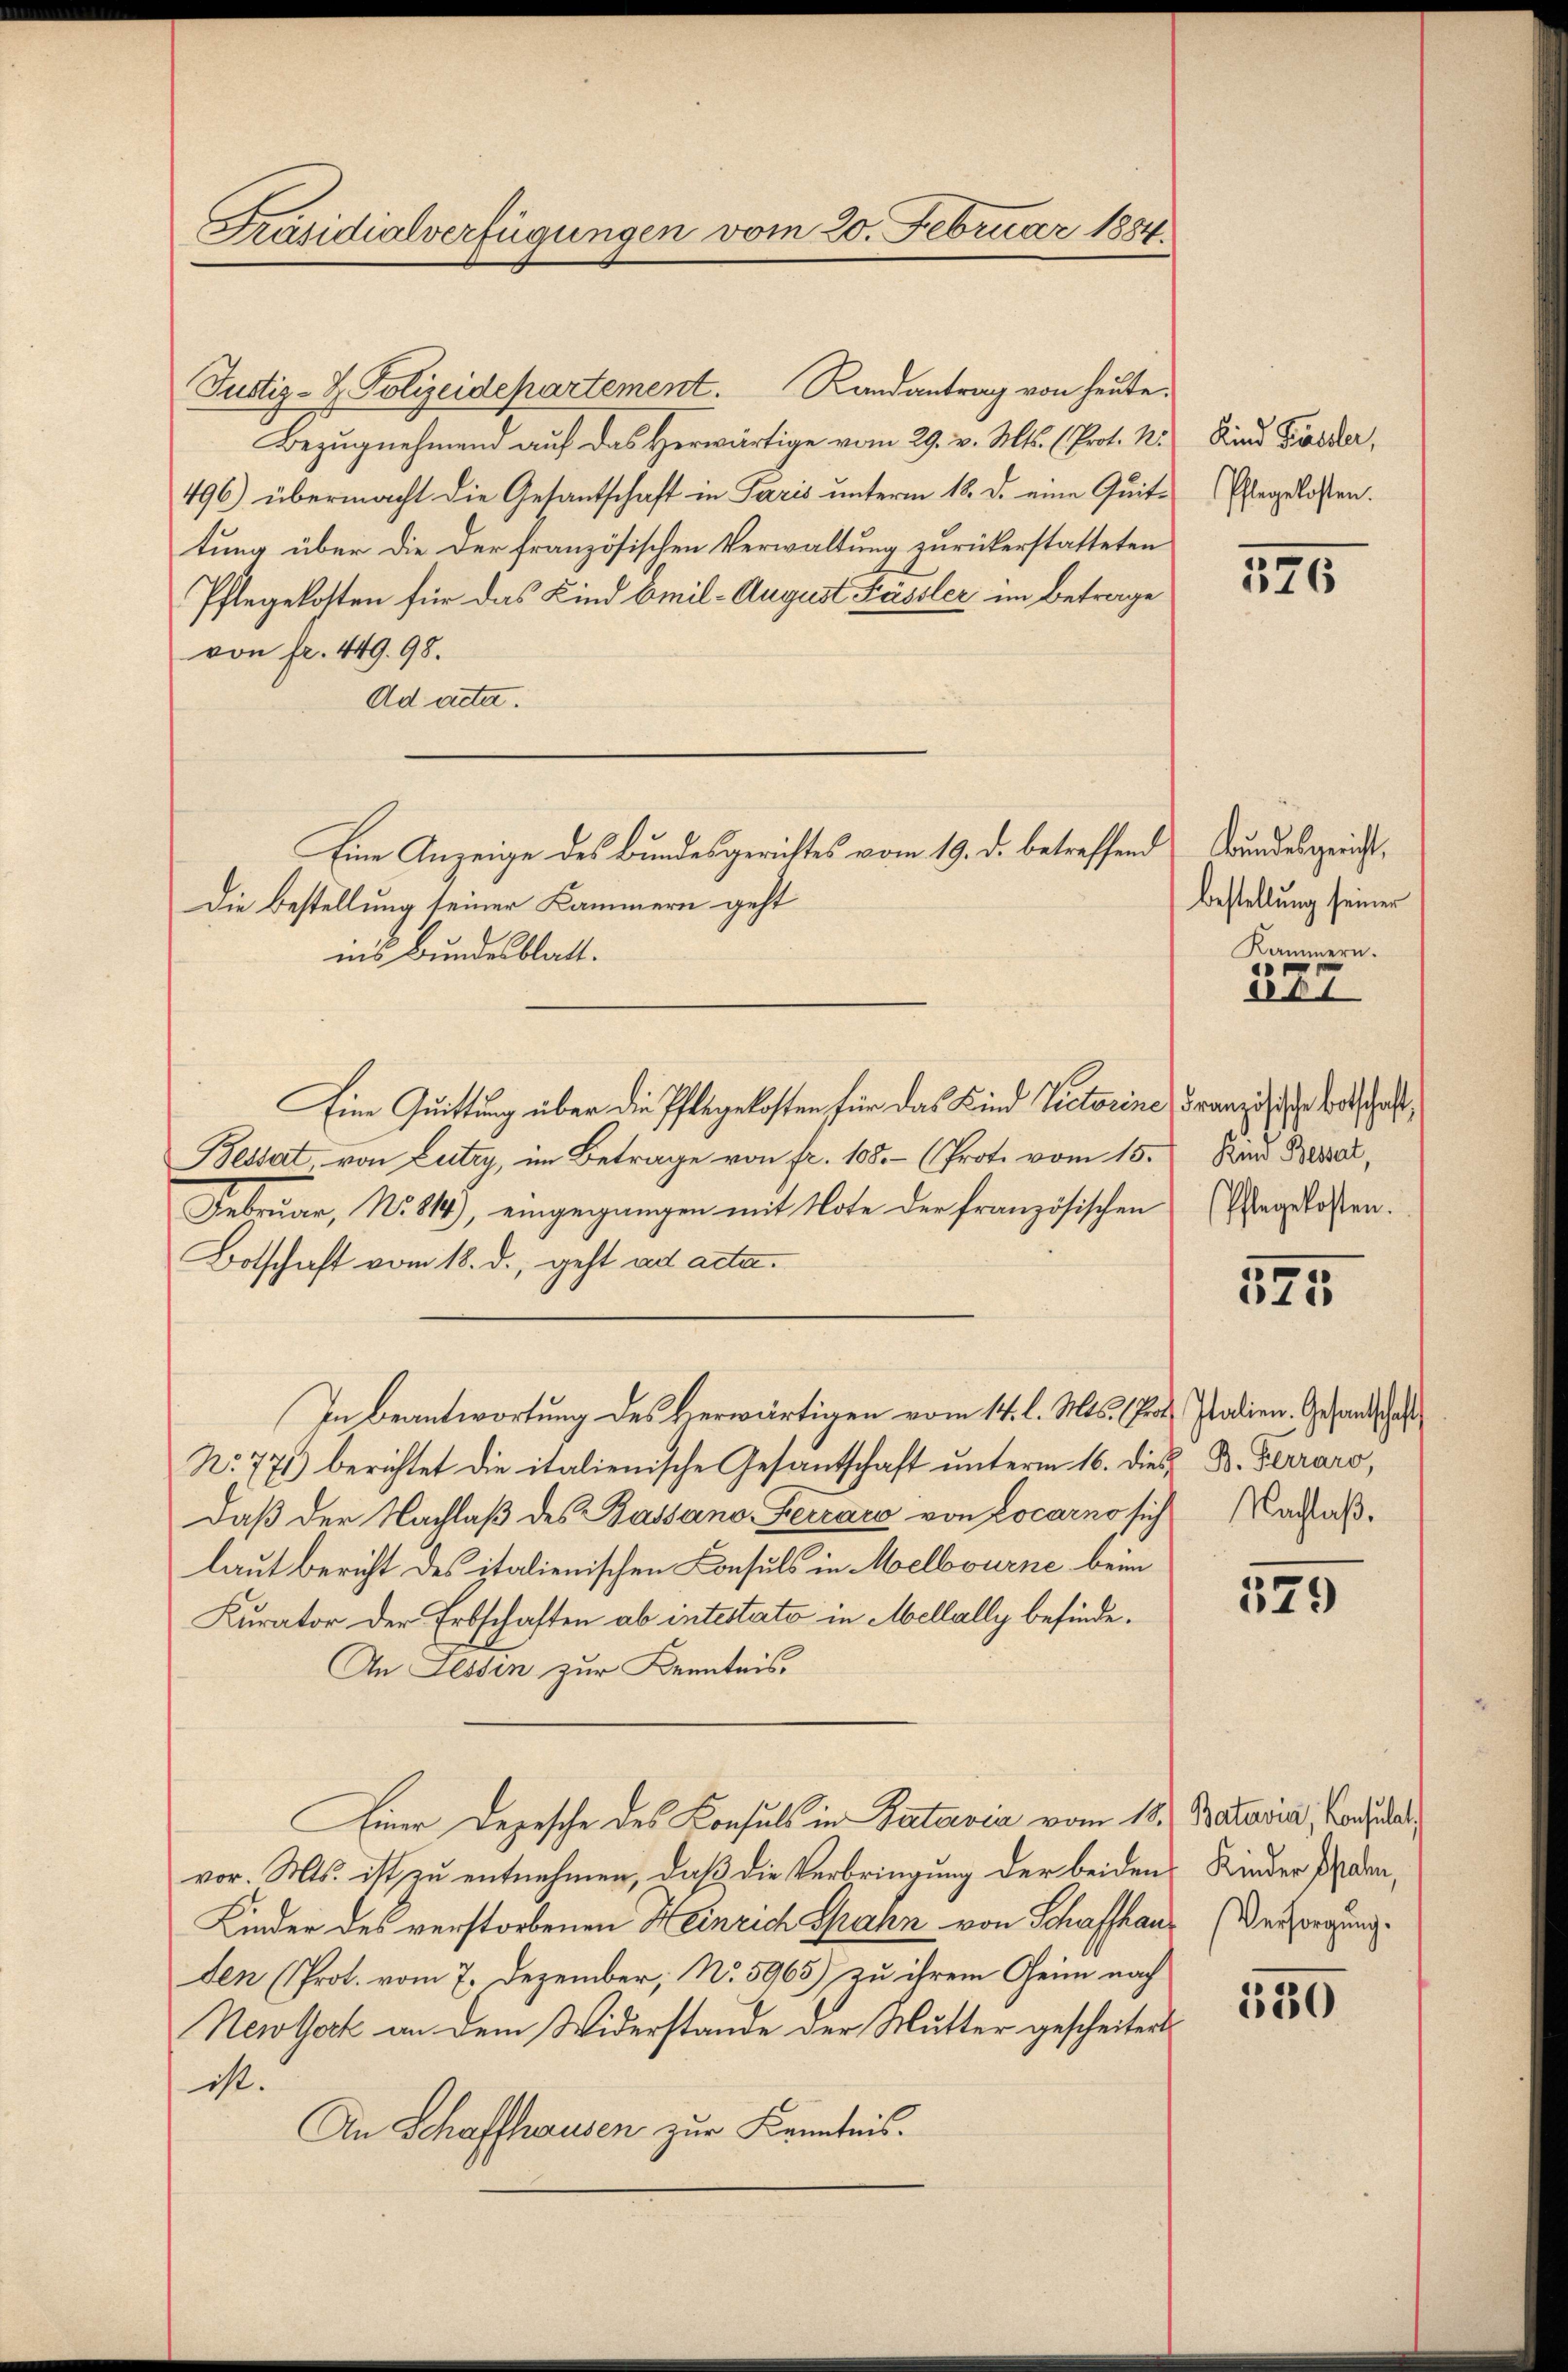
Präsidialverfügungen vom 20. Februar 1884.

Justiz- & Polizeidepartement. Randantrag von heute.
Bezugnehmend auf das Herwärtige vom 29. v. Mts. (Prot. N.
496) übermacht die Gesantschaft in Paris unterm 18. d. eine Quittung über die der französischen Verwaltung zurückerstatteten
Pflegekosten für das Kind Emil-August Fässler im Betrage
von fr. 449. 98.
Ad acta.
Eine Anzeige des Bundesgerichtes vom 19. d. betreffend
Die Bestellung seiner Kammern geht
ins Bundesblatt.
Eine Quittung über die Pflegekosten für das Kind Victorine
Bessert, von Lutry, im Betrage von fr. 105. - (Prote vom 15.
Februar, No. 814), eingegangen mit Note der französischen
Botschaft vom 18. d., geht ad acta.
In Beantwortung des herwärtigen vom 14. l. Mts. (Kot. Italien. Gesandtschaf
No 771) berichtet die italienische Gesantschaft unterm 16. dies B. Ferraro,
daβ der Nachlaβ des Bassano-Lecrace von Locarno sich Nachlaßlaut bericht des italienischen Consuls in Melbourne beim
Kurator der Erbschaften ab intesterto in Mellally befinde¬
An Tessin zur Kenntnis
Einer Depesche des Konsuls in Batavia vom 18. Batavia, Candida
vor. Mts. ist zu entnehmen, daß die Verbringung der beiden Kinder Pfaden,
Kinder des verstorbenen Heinrich Spahn von Schaffhaus (Versorgung.
den (Prot. vom 7. Dezember, No. 5965) zu ihrem Geim nach
Newtheck an dem Widerstande der Mutter gescheitert
ist.
An Schaffhausen zur Kenntnis.

Kind Füssler,
Pflegelosten.

346

Bundesgericht,
Bestellung seiner
Kammern.

227

Französische Botschaft,
Kind Bessert,
Pflegekosten.

1
i 153

529

530